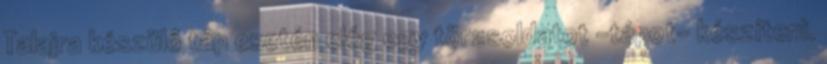
Talajra készülő táp esetén elég egy törzsoldatot -tápot- készíteni.